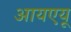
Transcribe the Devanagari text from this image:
आयएयू